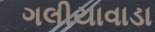
ગલીયાવાડા